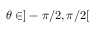
\theta \in ] - \pi / 2 , \pi / 2 [